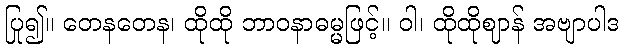
ပြု၍။ တေနတေန၊ ထိုထို ဘာဝနာဓမ္မဖြင့်။ ဝါ၊ ထိုထိုဈာန် အဗျာပါဒ